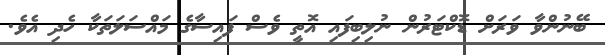
ބޭނުންވާ ވަރަށް ޑޮކްޓަރުން ނުލިބިފައި އޮތީ ވެސް ފައިސާގެ މައްސަލަތަކާ ހެދި އެވެ.